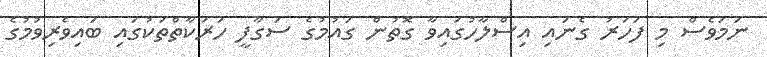
ނަމަވެސް މި ފަހަރު ގެނައި އިސްލާހުގައިވާ ގޮތުން ގައުމުގެ ސަގާފީ ހަރަކާތްތަަކުގައި ބައިވެރިވުމުގެ